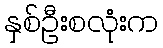
နှစ်ဦးစလုံးက